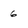
Character: 6